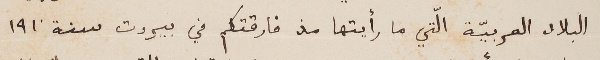
البلاد العربيّة الّتي ما رأيتها مذ فارقتكم في بيروت سنة ١٩١٠